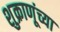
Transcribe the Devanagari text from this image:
शुक्राणूंच्या